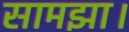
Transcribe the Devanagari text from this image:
सामझा।